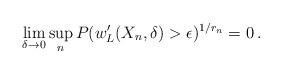
LaTeX: \begin{align*} \lim_{\delta\to0}\sup_{n}P(w'_L(X_n,\delta)>\epsilon)^{1/r_n}=0\,.\end{align*}